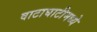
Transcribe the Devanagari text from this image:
वाटाघाटीमध्ये